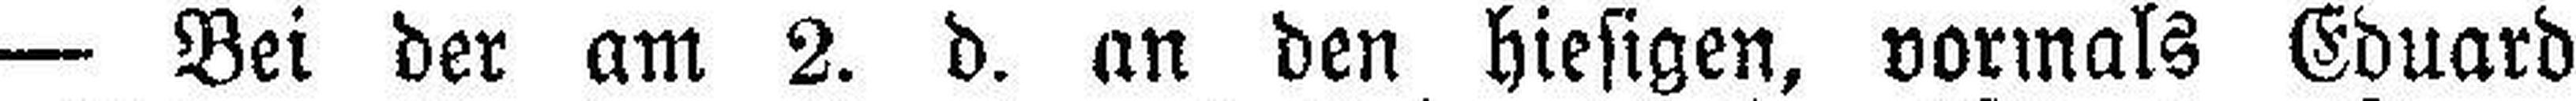
— Bei der am 2. d. an den hiesigen, vormals Eduard